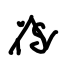
Text: is
Cross-out: zig-zag
Writing tool: digital_black